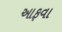
આફવા